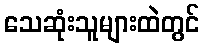
သေဆုံးသူများထဲတွင်